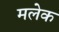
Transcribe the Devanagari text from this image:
मलेक